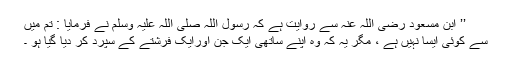
’’ ابن مسعود رضی اللہ عنہ سے روایت ہے کہ رسول اللہ صلی اللہ علیہ وسلم نے فرمایا : تم میں
سے کوئی ایسا نہیں ہے ، مگر یہ کہ وہ اپنے ساتھی ایک جن اورایک فرشتے کے سپرد کر دیا گیا ہو ۔